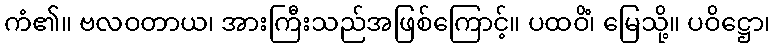
ကံ၏။ ဗလဝတာယ၊ အားကြီးသည်အဖြစ်ကြောင့်။ ပထဝိံ၊ မြေသို့။ ပဝိဋ္ဌော၊